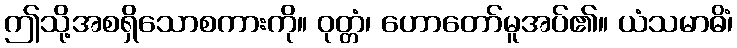
ဤသို့အစရှိသောစကားကို။ ဝုတ္တံ၊ ဟောတော်မူအပ်၏။ ယံသမာဓိံ၊